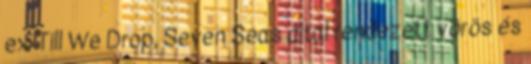
ex-Till We Drop, Seven Seas által rendezett vörös és